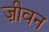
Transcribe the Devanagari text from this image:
ज़ीवन